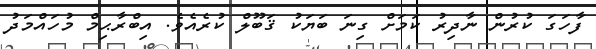
ފާހަގަ ކުރުން ނާދިރު ކަމަށް ގިނަ ބަޔަކު ޤަބޫލް ކުރެއެވެ. އިބްރާޙިމް މުހައްމަދު